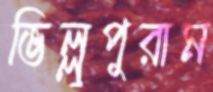
ভিল্লুপুরাম